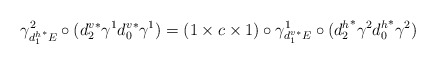
\begin{align*} \gamma^2_{{d_1^h}^*E} \circ ({d^v_2}^*\gamma^1{d^v_0}^*\gamma^1) = (1\times c \times 1) \circ \gamma^1_{{d_1^v}^*E} \circ ({d^h_2}^*\gamma^2{d^h_0}^*\gamma^2)\end{align*}